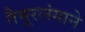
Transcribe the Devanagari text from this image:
तैमूरलंगाने